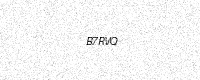
Text: B7RVQ